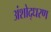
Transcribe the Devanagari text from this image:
अंशोद्धरण